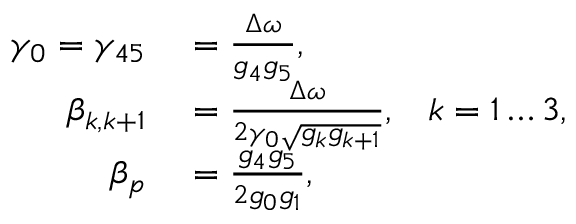
\begin{array} { r l } { \gamma _ { 0 } = \gamma _ { 4 5 } } & { { } = \frac { \Delta \omega } { g _ { 4 } g _ { 5 } } , } \\ { \beta _ { k , k + 1 } } & { { } = \frac { \Delta \omega } { 2 \gamma _ { 0 } \sqrt { g _ { k } g _ { k + 1 } } } , \; \; \; k = 1 \dots 3 , } \\ { \beta _ { p } } & { { } = \frac { g _ { 4 } g _ { 5 } } { 2 g _ { 0 } g _ { 1 } } , } \end{array}